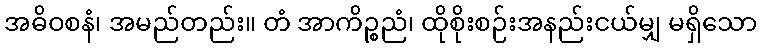
အဓိဝစနံ၊ အမည်တည်း။ တံ အာကိဉ္စညံ၊ ထိုစိုးစဉ်းအနည်းငယ်မျှ မရှိသော